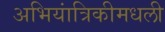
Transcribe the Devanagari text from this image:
अभियांत्रिकीमधली